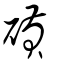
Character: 碽